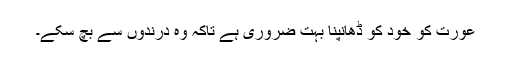
عورت کو خود کو ڈھانپنا بہت ضروری ہے تاکہ وہ درندوں سے بچ سکے۔